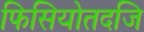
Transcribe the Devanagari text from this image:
फिसियोतदजि